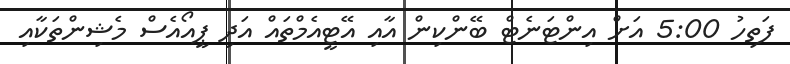
ފަތިހު 5:00 އަށް އިންޓަނެޓް ބޭންކިން އާއި އޭޓީއެމްތައް އަދި ޕީއޯއެސް މެޝިންތަކާއި